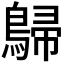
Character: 𪂋